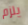
يلزم